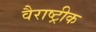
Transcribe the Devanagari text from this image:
वैराष्ट्रीक